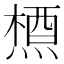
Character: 𪳝